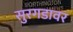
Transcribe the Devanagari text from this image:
सुरगडावर